Lunatic asylums in Bengal annual reports 1912-1924 - 1912-1924
Year: 1912
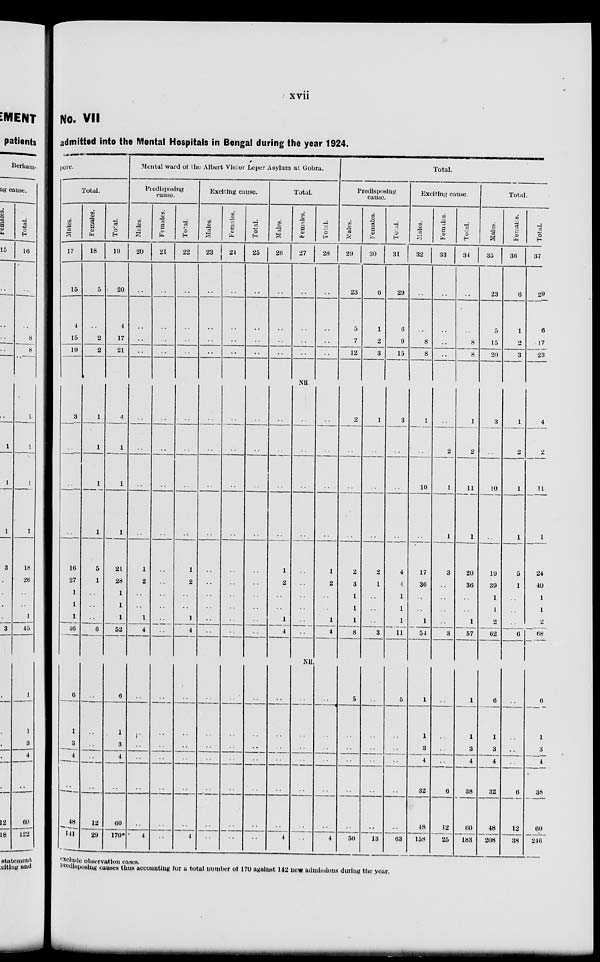
xvii
No. VII
admitted into the Mental Hospitals in Bengal during the year 1924.
pore.
Total.
Males.
17
15
4
15
19
3
..
..
..
16
27
1
1
1
46
6
1
3
4
..
48
141
Females.
18
5
..
2
2
1
1
1
1
5
1
..
..
..
6
..
..
..
..
..
12
29
Total.
19
20
4
17
21
4
1
1
1
21
28
1
1
1
52
6
1
3
4
..
60
170*
Mental ward of the Albert Victor Leper Asylum at Gobra.
Predisposing
cause.
Males.
20
..
..
..
..
..
..
..
..
1
2
..
..
1
4
..
..
..
..
..
..
4
Females.
21
..
..
..
..
..
..
..
..
..
..
..
..
..
..
..
..
..
..
..
..
..
Total.
22
..
..
..
..
..
..
..
..
1
2
..
..
1
4
..
..
..
..
..
..
4
Exciting cause.
Males.
23
..
..
..
..
..
..
..
..
..
..
..
..
..
..
..
..
..
..
..
..
..
Females.
24
..
..
..
..
..
..
..
..
..
..
..
..
..
..
..
..
..
..
..
..
..
Total.
25
..
..
..
..
..
..
..
..
..
..
..
..
..
..
..
..
..
..
..
..
..
Total.
Males.
26
..
..
..
..
..
..
..
..
1
2
..
..
1
4
..
..
..
..
..
..
4
Females.
27
..
..
..
..
Nil
..
..
..
..
..
..
..
..
..
..
Nil.
..
..
..
..
..
..
..
Total.
28
..
..
..
..
..
..
..
..
1
2
..
..
1
4
..
..
..
..
..
..
4
Total.
Predisposing
cause.
Males.
29
23
5
7
12
2
..
..
..
2
3
1
1
1
8
5
..
..
..
..
..
50
Females.
30
6
1
2
3
1
..
..
..
2
1
..
..
..
3
..
..
..
..
..
..
13
Total.
31
29
6
9
15
3
..
..
..
4
4
1
1
1
11
5
..
..
..
..
..
63
Exciting cause.
Males.
32
..
..
8
8
1
..
10
..
17
36
..
..
1
54
1
1
3
4
32
48
158
Females.
33
..
..
..
..
..
2
1
1
3
..
..
..
..
3
..
..
..
..
6
12
25
Total.
34
..
..
8
8
1
2
11
1
20
36
..
..
1
57
1
1
3
4
38
60
183
Total.
Males.
35
23
5
15
20
3
..
10
..
19
39
1
1
2
62
6
1
3
4
32
48
208
Females.
36
6
1
2
3
1
2
1
1
5
1
..
..
..
6
..
..
..
..
6
12
38
Total.
37
29
6
17
23
4
2
11
1
24
40
1
1
2
68
6
1
3
4
38
60
246
exclude observation cases.
predisposing causes thus accounting for a total number of 170 against 142 new admissions during the year.